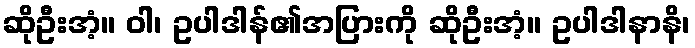
ဆိုဦးအံ့။ ဝါ၊ ဥပါဒါန်၏အပြားကို ဆိုဦးအံ့။ ဥပါဒါနာနိ၊